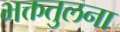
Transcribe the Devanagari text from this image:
भक्ततुलना